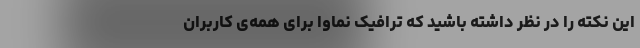
این نکته را در نظر داشته باشید که ترافیک نماوا برای همه‌ی کاربران